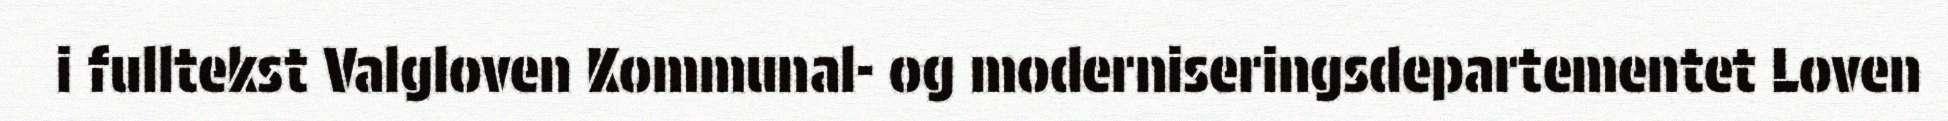
i fulltekst Valgloven Kommunal- og moderniseringsdepartementet Loven